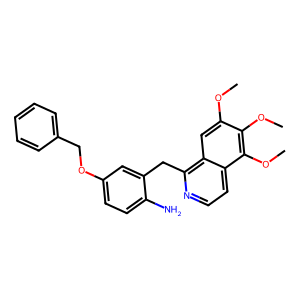
SMILES: COc1cc2c(Cc3cc(OCc4ccccc4)ccc3N)nccc2c(OC)c1OC
Inhibits HIV replication: No